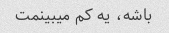
باشه، یه کم میبینمت